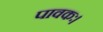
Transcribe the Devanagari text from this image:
पावकः।